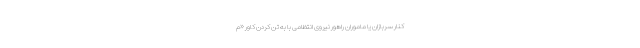
کنار سربازان یا ماموران راهور نیروی انتظامی با به تن کردن کاور «م